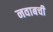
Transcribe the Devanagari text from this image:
नवाबची